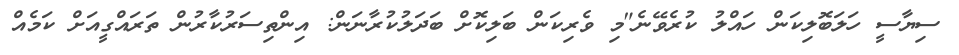
ސިޔާސީ ހަލަބޮލިކަން ހައްލު ކުރެވޭނެ"މި ވެރިކަން ބަލިކޮށް ބަދަލުކުރާނަން: އިންތިސަރުކާރުން ތަރައްގީއަށް ކަމެއް